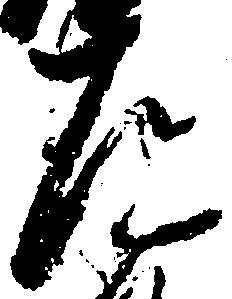
道